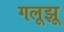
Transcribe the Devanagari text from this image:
गलूझू